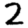
Digit: 2